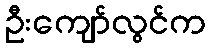
ဦးကျော်လွင်က